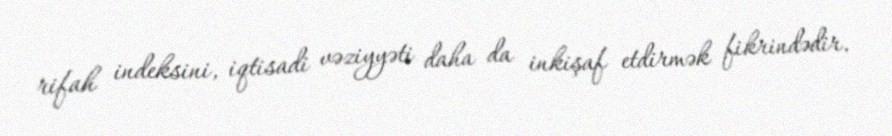
rifah indeksini, iqtisadi vəziyyəti daha da inkişaf etdirmək fikrindədir.